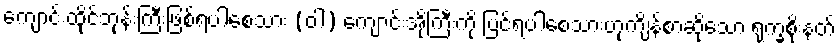
ကျောင်းထိုင်ဘုန်းကြီးဖြစ်ရပါစေသား (ဝါ) ကျောင်းအိုကြီးကို ပြင်ရပါစေသားဟုကျိန်စာဆိုသော ရုက္ခစိုးနတ်